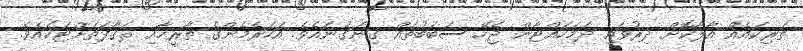
ތަރިކައެއް އާލާކޮށް ދިރުވައި ދަމަހައްޓާން ޖެހޭ ސަބަބުތައް ގިނަގުނައެވެ. އަހަރެމެންގެ ތާރީޚާއި ޘަޤާފަތަށްޓަކައެވެ.